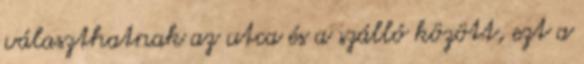
választhatnak az utca és a szálló között, ezt a